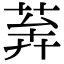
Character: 𦯨